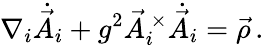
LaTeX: \nabla_{i}\dot{\vec{A}}_{i}+g^{2}{\vec{A}}_{i}^{\ \times}\dot{\vec{A}}_{i}=\vec{\rho}\, .